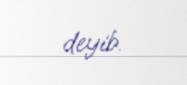
deyib.